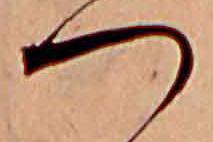
つ